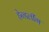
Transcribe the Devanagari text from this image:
हेन्डलींग